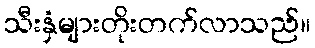
သီးနှံများတိုးတက်လာသည်။